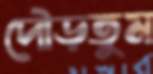
দৌড়তুম